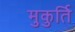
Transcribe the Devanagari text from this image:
मुकुर्ति